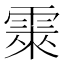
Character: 𮦕